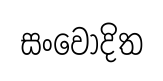
සංවෝදිත